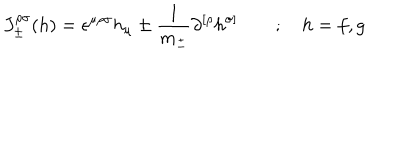
{ J } _ { \pm } ^ { \rho \sigma } ( h ) = \epsilon ^ { \mu \rho \sigma } h _ { \mu } \pm \frac { 1 } { m _ { \pm } } \partial ^ { [ \rho } h ^ { \sigma ] } \quad \quad ; \quad h = f , g